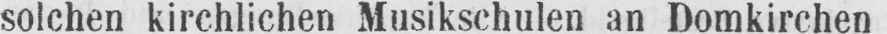
solchen kirchlichen Musikschulen an Domkirchen